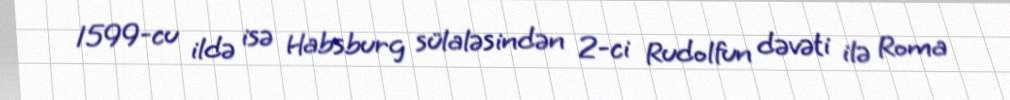
1599-cu ildə isə Habsburg sülaləsindən 2-ci Rudolfun dəvəti ilə Roma